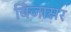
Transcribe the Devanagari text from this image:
बिँजासर